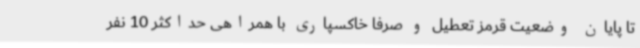
تا پایان وضعیت قرمز تعطیل و صرفاً خاکسپاری با همراهی حداکثر 10 نفر